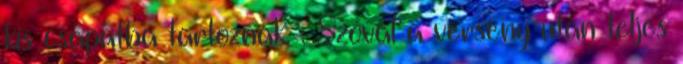
kis csapatba tartoznak. : Szóval a verseny után teljes